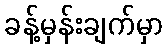
ခန့်မှန်းချက်မှာ